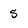
Character: 5